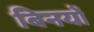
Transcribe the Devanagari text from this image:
बिनयों